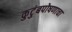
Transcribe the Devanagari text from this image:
कुटुंबपोषणाचा